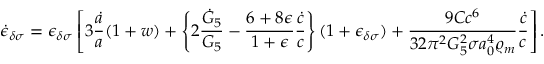
\dot { \epsilon } _ { \delta \sigma } = \epsilon _ { \delta \sigma } \left[ 3 { \frac { \dot { a } } { a } } ( 1 + w ) + \left\{ 2 { \frac { \dot { G } _ { 5 } } { G _ { 5 } } } - { \frac { 6 + 8 \epsilon } { 1 + \epsilon } } { \frac { \dot { c } } { c } } \right\} ( 1 + \epsilon _ { \delta \sigma } ) + { \frac { 9 C c ^ { 6 } } { 3 2 \pi ^ { 2 } G _ { 5 } ^ { 2 } \sigma a _ { 0 } ^ { 4 } \varrho _ { m } } } { \frac { \dot { c } } { c } } \right] .